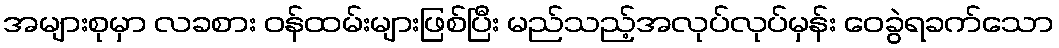
အများစုမှာ လခစား ဝန်ထမ်းများဖြစ်ပြီး မည်သည့်အလုပ်လုပ်မှန်း ဝေခွဲရခက်သော